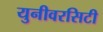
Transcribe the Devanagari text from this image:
युनीवरसिटी